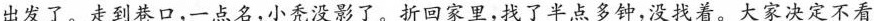
出发了。走到巷口，一点名，小秃没影了。折回家里，找了半点多钟，没找着。大家决定不看